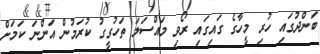
ބަންދުގައި ހުރި މީހާގެ ގައިގައި ރޯވި މައްސަލަ ތަހުގީގު ކުރަމުން އަންނަ ކަމަށް